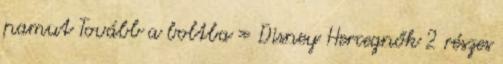
pamut Tovább a boltba » Disney Hercegnők 2 részes